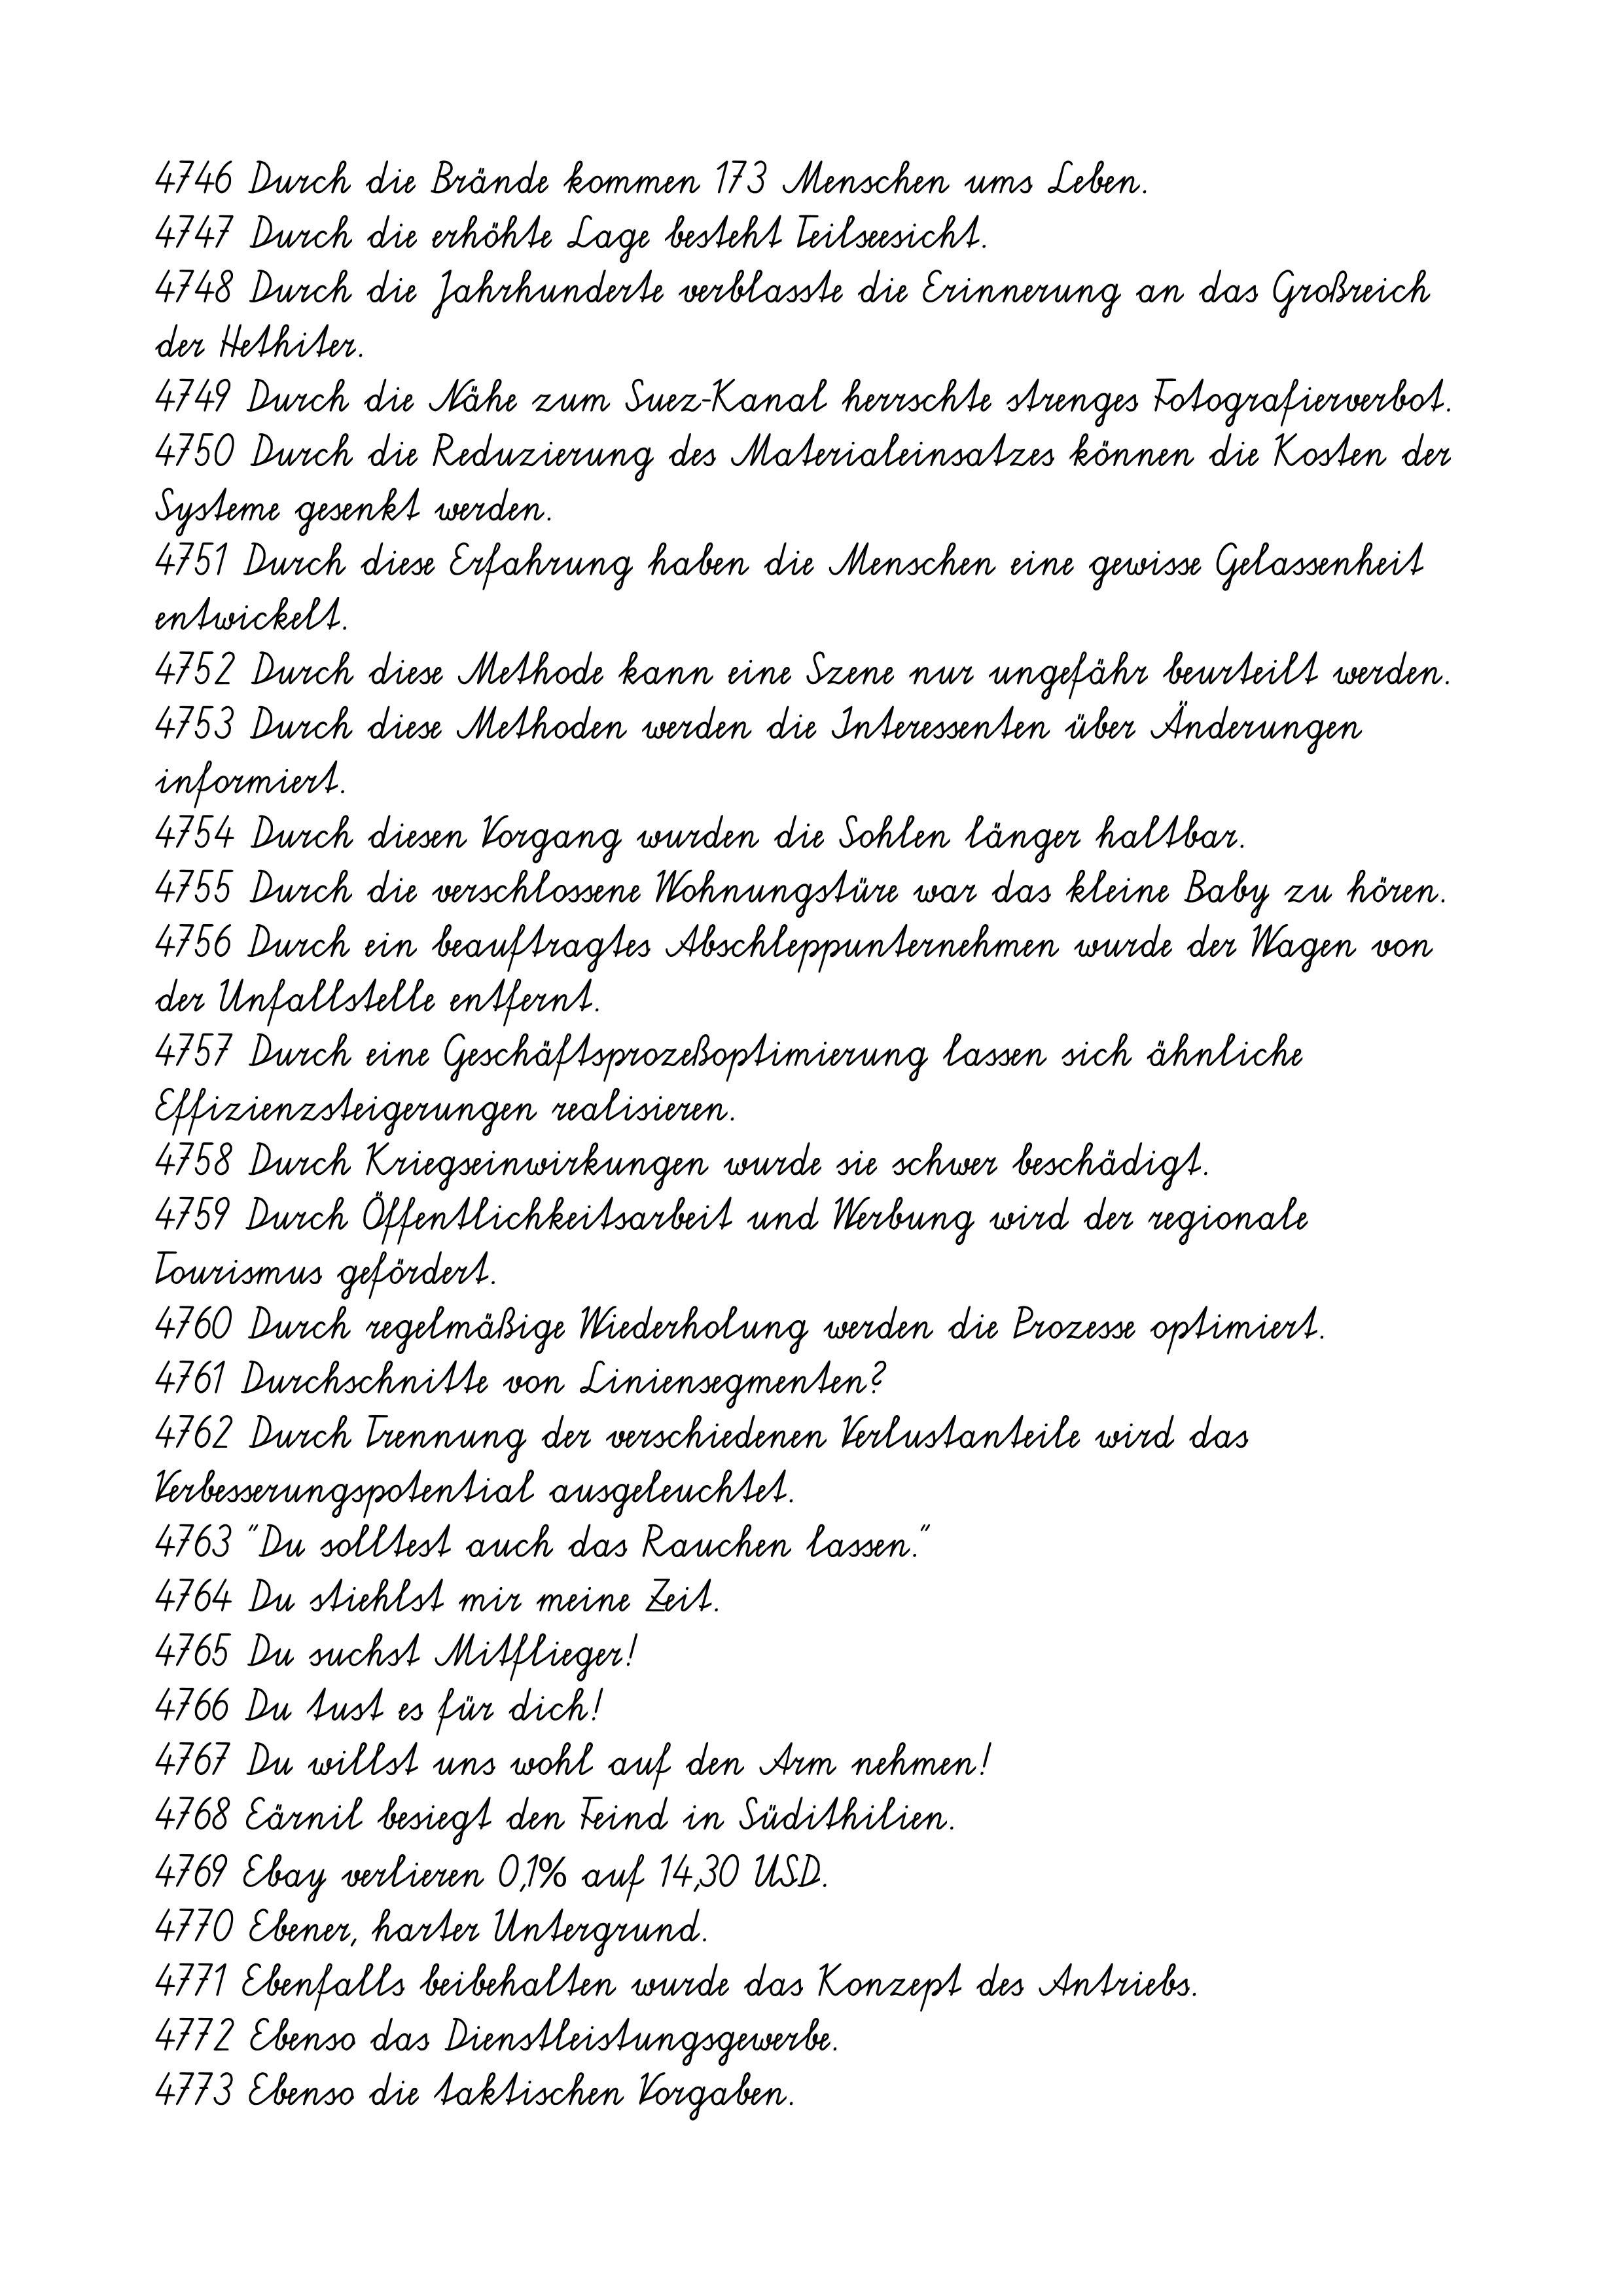
4774 Ebenso erfühlt der Hafturlaub die wichtige Aufgabe der
Resozialisierung.
4775 Ebenso führt die internationale Arbeitsteilung zu steigenden
Logistikaufträgen.
4776 Ebenso sei die Mitfinanzierung des Schienennetzes durch die Bahn
ausgeblieben.
4777 Echte Kerle gibt's nicht mehr.
4778 Ecpat-Sprecherin Mechthild Maurer zieht Bilanz.
4779 Eher eine traditionelle Variante der Erfrischung.
4780 Eigene Trendscoutabteilungen kämmen die Szene nach den neuesten
Modesportarten ab.
4781 Eigentlich der perfekte Motor.
4782 Eigentlich finde ich das schade.
4783 Eigentlich geht es nur um populäre Musik.
4784 Eigentlich harmlose Blütenpollen können schwere
Krankheitssymptome auslösen.
4785 Eigentlich laufe es doch ganz gut.
4786 Eigentlich müsste die Halle proppevoll sein.
4787 Eigentlich sollten die Aufnahmen geheim bleiben.
4788 Eigentlich sollte nur der Oberbau verstärkt werden.
4789 Eigentlich war er gelernter Koch.
4790 Ein 13jähriger Junge mußte mit leichten Verletzungen in ein
Krankenhaus gebracht werden.
4791 Ein 21 Jahre alter Mitfahrer erlitt leichte Verletzungen.
4792 Ein 23-jähriger Wuppertaler ist wegen Gewalttaten, Brandstiftung
und Diebstahl vorbestraft.
4793 Ein 45-Jähriger hat sich von der Dachterrasse des Reichstagsgebäudes
gestürzt.
4794 Ein 50-jähriger Obdachloser erfror in einem Schrebergarten in
Südostpolen.
4795 Ein Abbruch der Behandlung ist zu erwägen.
4796 Ein Abitur ist nicht erforderlich für die Teilnahme.
4797 Ein Abrissgrundstück erregt die Obereisenheimer Gemüter.
4798 Ein Afrikareisender stolpert über ein Riesenmädchen.
4799 Ein Akita gebraucht seinen eigenen Kopf.
4800 Ein Algorithmus soll ein konkretes Problem lösen.